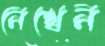
নেখেন